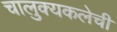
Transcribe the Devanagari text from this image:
चालुक्यकलेची